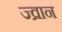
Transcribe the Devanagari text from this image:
ज्व्रान